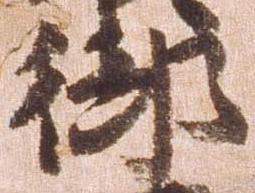
御